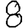
Digit: 8